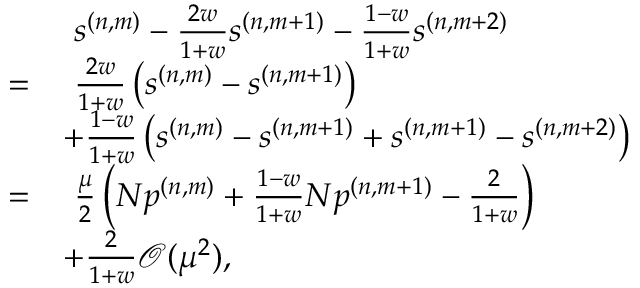
\begin{array} { r l } & { ~ s ^ { ( n , m ) } - \frac { 2 w } { 1 + w } s ^ { ( n , m + 1 ) } - \frac { 1 - w } { 1 + w } s ^ { ( n , m + 2 ) } } \\ { = } & { ~ \frac { 2 w } { 1 + w } \left( s ^ { ( n , m ) } - s ^ { ( n , m + 1 ) } \right) } \\ & { + \frac { 1 - w } { 1 + w } \left( s ^ { ( n , m ) } - s ^ { ( n , m + 1 ) } + s ^ { ( n , m + 1 ) } - s ^ { ( n , m + 2 ) } \right) } \\ { = } & { ~ \frac { \mu } { 2 } \left( N p ^ { ( n , m ) } + \frac { 1 - w } { 1 + w } N p ^ { ( n , m + 1 ) } - \frac { 2 } { 1 + w } \right) } \\ & { + \frac { 2 } { 1 + w } \mathcal { O } ( \mu ^ { 2 } ) , } \end{array}